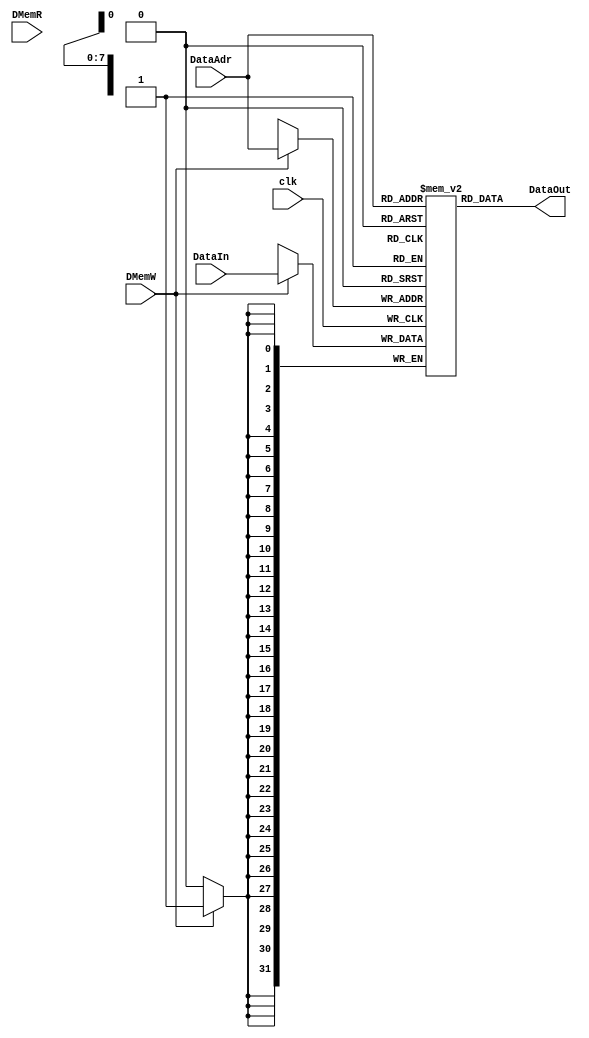

module DMem(DataOut,DataAdr,DataIn,DMemW,DMemR,clk);
	input [7:0] DataAdr;
	input [31:0] DataIn;
	input 		 DMemR;
	input 		 DMemW;
	input 		 clk;
	output[31:0] DataOut;
	reg [31:0]  DMem[255:0];
	always@(posedge clk)
	begin
		if(DMemW)
			 DMem[DataAdr] <= DataIn;
	    $display("addr=%8X",DataAdr);//addr to DM
        $display("din=%8X",DataIn);//data to DM
        $display("Mem[00-07]=%8X, %8X, %8X, %8X, %8X, %8X, %8X, %8X",DMem[0],DMem[1],DMem[2],DMem[3],DMem[4],DMem[5],DMem[6],DMem[7]);
	end
	assign DataOut = DMem[DataAdr];
endmodule